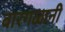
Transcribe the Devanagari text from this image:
बारगळानी